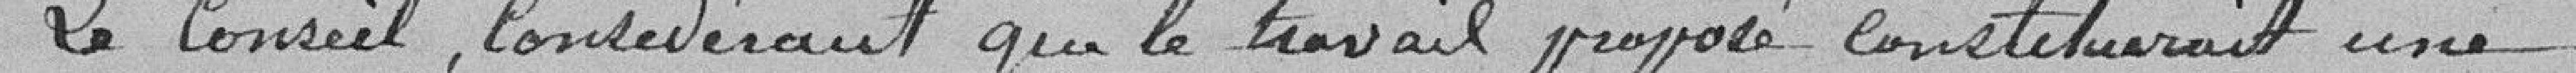
Le Conseil, considérant que le travail proposé constituerait une